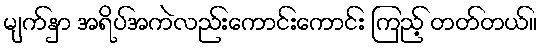
မျက်နှာ အရိပ်အကဲလည်းကောင်းကောင်း ကြည့် တတ်တယ်။